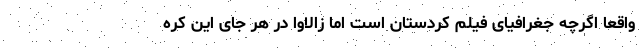
واقعا اگرچه جغرافیای فیلم کردستان است اما زالاوا در هر جای این کره